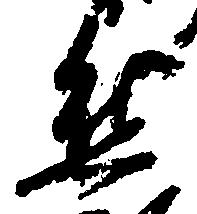
熊